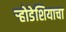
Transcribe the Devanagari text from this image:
र्‍होडेशियाचा